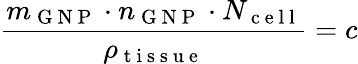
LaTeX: \frac{m_{\mathrm{~G~N~P~}}\cdot n_{\mathrm{~G~N~P~}}\cdot N_{\mathrm{~c~e~l~l~}}}{\rho_{\mathrm{~t~i~s~s~u~e~}}}=c